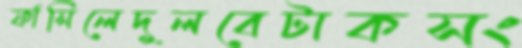
ফাঁসিলেদুলবেটাকসং